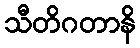
သီတိဂတာနိ